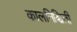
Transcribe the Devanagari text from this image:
कालनिश्चिती